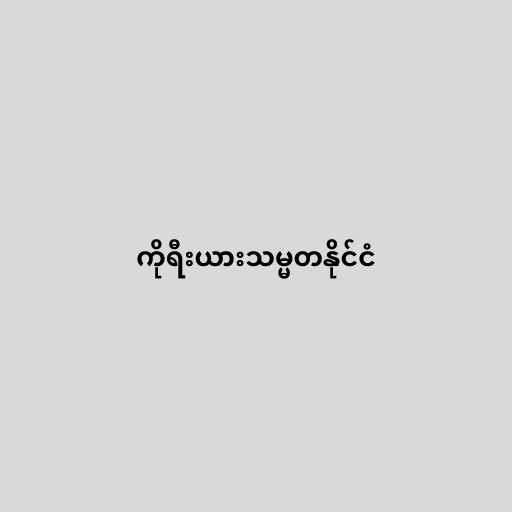
ကိုရီးယားသမ္မတနိုင်ငံ